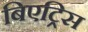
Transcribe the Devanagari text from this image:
बिएट्रिस